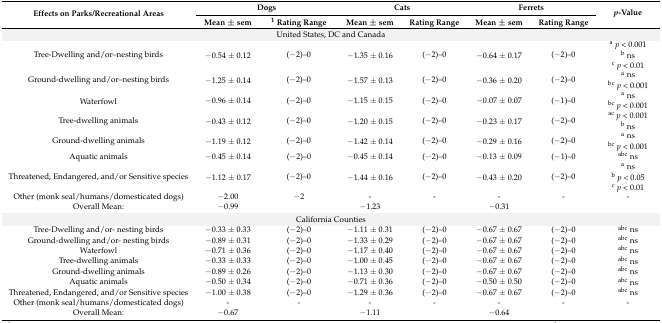
<table><thead><tr><td rowspan="2"><b>Effects on Parks/Recreational Areas</b></td><td colspan="2"><b>Dogs</b></td><td colspan="2"><b>Cats</b></td><td colspan="2"><b>Ferrets</b></td><td rowspan="2"><b><i>p</i>-Value</b></td></tr><tr><td><b>Mean ± sem</b></td><td><b><sup>1</sup> Rating Range</b></td><td><b>Mean ± sem</b></td><td><b>Rating Range</b></td><td><b>Mean ± sem</b></td><td><b>Rating Range</b></td></tr></thead><tbody><tr><td colspan="8">United States, DC and Canada</td></tr><tr><td rowspan="3">Tree-Dwelling and/or–nesting birds</td><td rowspan="3">−0.54 ± 0.12</td><td rowspan="3">(−2)–0</td><td rowspan="3">−1.35 ± 0.16</td><td rowspan="3">(−2)–0</td><td rowspan="3">−0.64 ± 0.17</td><td rowspan="3">(−2)–0</td><td>a <i>p</i> &lt; 0.001</td></tr><tr><td>b ns</td></tr><tr><td><sup>c</sup><i>p</i> &lt; 0.01</td></tr><tr><td rowspan="2">Ground-dwelling and/or–nesting birds</td><td rowspan="2">−1.25 ± 0.14</td><td rowspan="2">(−2)–0</td><td rowspan="2">−1.57 ± 0.13</td><td rowspan="2">(−2)–0</td><td rowspan="2">−0.36 ± 0.20</td><td rowspan="2">(−2)–0</td><td>a ns</td></tr><tr><td>b<sup>c</sup><i>p</i> &lt; 0.001</td></tr><tr><td rowspan="2">Waterfowl</td><td rowspan="2">−0.96 ± 0.14</td><td rowspan="2">(−2)–0</td><td rowspan="2">−1.15 ± 0.15</td><td rowspan="2">(−2)–0</td><td rowspan="2">−0.07 ± 0.07</td><td rowspan="2">(−1)–0</td><td>a ns</td></tr><tr><td><sup>bc</sup><i>p</i> &lt; 0.001</td></tr><tr><td rowspan="2">Tree-dwelling animals</td><td rowspan="2">−0.43 ± 0.12</td><td rowspan="2">(−2)–0</td><td rowspan="2">−1.20 ± 0.15</td><td rowspan="2">(−2)–0</td><td rowspan="2">−0.23 ± 0.17</td><td rowspan="2">(−2)–0</td><td><sup>ac</sup><i>p</i> &lt; 0.001</td></tr><tr><td>b ns</td></tr><tr><td rowspan="2">Ground-dwelling animals</td><td rowspan="2">−1.19 ± 0.12</td><td rowspan="2">(−2)–0</td><td rowspan="2">−1.42 ± 0.14</td><td rowspan="2">(−2)–0</td><td rowspan="2">−0.29 ± 0.16</td><td rowspan="2">(−2)–0</td><td>a ns</td></tr><tr><td><sup>bc</sup><i>p</i> &lt; 0.001</td></tr><tr><td>Aquatic animals</td><td>−0.45 ± 0.14</td><td>(−2)–0</td><td>−0.45 ± 0.14</td><td>(−2)–0</td><td>−0.13 ± 0.09</td><td>(−1)–0</td><td><sup>abc</sup> ns</td></tr><tr><td rowspan="3">Threatened, Endangered, and/or Sensitive species</td><td rowspan="3">−1.12 ± 0.17</td><td rowspan="3">(−2)–0</td><td rowspan="3">−1.44 ± 0.16</td><td rowspan="3">(−2)–0</td><td rowspan="3">−0.43 ± 0.20</td><td rowspan="3">(−2)–0</td><td>a ns</td></tr><tr><td>b <i>p</i> &lt; 0.05</td></tr><tr><td><sup>c</sup><i>p</i> &lt; 0.01</td></tr><tr><td>Other (monk seal/humans/domesticated dogs)</td><td>−2.00</td><td>−2</td><td>-</td><td>-</td><td>-</td><td>-</td><td>-</td></tr><tr><td>Overall Mean:</td><td>−0.99</td><td></td><td>−1.23</td><td></td><td>−0.31</td><td></td><td></td></tr><tr><td colspan="8">California Counties</td></tr><tr><td>Tree-Dwelling and/or- nesting birds</td><td>−0.33 ± 0.33</td><td>(−2)–0</td><td>−1.11 ± 0.31</td><td>(−2)–0</td><td>−0.67 ± 0.67</td><td>(−2)–0</td><td><sup>abc</sup> ns</td></tr><tr><td>Ground-dwelling and/or- nesting birds</td><td>−0.89 ± 0.31</td><td>(−2)–0</td><td>−1.33 ± 0.29</td><td>(−2)–0</td><td>−0.67 ± 0.67</td><td>(−2)–0</td><td><sup>abc</sup> ns</td></tr><tr><td>Waterfowl</td><td>−0.71 ± 0.36</td><td>(−2)–0</td><td>−1.17 ± 0.40</td><td>(−2)–0</td><td>−0.67 ± 0.67</td><td>(−2)–0</td><td><sup>abc</sup> ns</td></tr><tr><td>Tree-dwelling animals</td><td>−0.33 ± 0.33</td><td>(−2)–0</td><td>−1.00 ± 0.45</td><td>(−2)–0</td><td>−0.67 ± 0.67</td><td>(−2)–0</td><td><sup>abc</sup> ns</td></tr><tr><td>Ground-dwelling animals</td><td>−0.89 ± 0.26</td><td>(−2)–0</td><td>−1.13 ± 0.30</td><td>(−2)–0</td><td>−0.67 ± 0.67</td><td>(−2)–0</td><td><sup>abc</sup> ns</td></tr><tr><td>Aquatic animals</td><td>−0.50 ± 0.34</td><td>(−2)–0</td><td>−0.71 ± 0.36</td><td>(−2)–0</td><td>−0.50 ± 0.50</td><td>(−2)–0</td><td><sup>abc</sup> ns</td></tr><tr><td>Threatened, Endangered, and/or Sensitive species</td><td>−1.00 ± 0.38</td><td>(−2)–0</td><td>−1.29 ± 0.36</td><td>(−2)–0</td><td>−0.67 ± 0.67</td><td>(−2)–0</td><td><sup>abc</sup> ns</td></tr><tr><td>Other (monk seal/humans/domesticated dogs)</td><td>-</td><td>-</td><td>-</td><td>-</td><td>-</td><td>-</td><td>-</td></tr><tr><td>Overall Mean:</td><td>−0.67</td><td></td><td>−1.11</td><td></td><td>−0.64</td><td></td><td></td></tr></tbody></table>